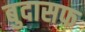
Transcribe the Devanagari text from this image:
बुदासफ